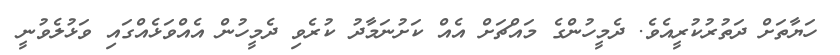
ހަޔާތަށް ދަތުރުކުރީއެވެ. ދެމީހުންގެ މައްޗަށް އެއް ކަށުނަމާދު ކުރެވި ދެމީހުން އެއްވަޅެއްގައި ވަޅުލެވުނީ